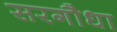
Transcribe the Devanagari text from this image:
सरगौधा